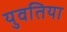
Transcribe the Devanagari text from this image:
युवतिया